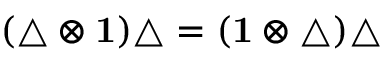
( \triangle \otimes { \bf 1 } ) \triangle = ( { \bf 1 } \otimes \triangle ) \triangle